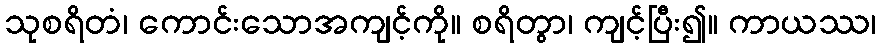
သုစရိတံ၊ ကောင်းသောအကျင့်ကို။ စရိတွာ၊ ကျင့်ပြီး၍။ ကာယဿ၊